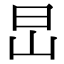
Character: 旵